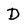
Character: D